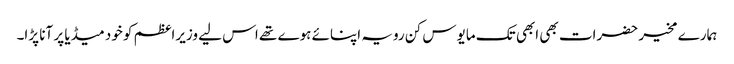
ہمارے مخیر حضرات بھی ابھی تک مایوس کن رویہ اپنائے ہوے تھے اس لیے وزیراعظم کو خود میڈیا پر آنا پڑا۔